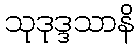
သုဒုဒ္ဒသာနိ